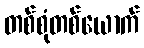
တစ်စုံတစ်ယောက်